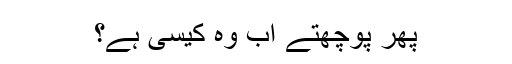
پھر پوچھتے اب وہ کیسی ہے؟